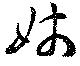
姉